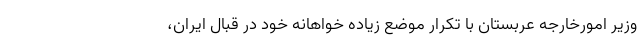
وزیر امورخارجه عربستان با تکرار موضع زیاده خواهانه خود در قبال ایران،